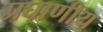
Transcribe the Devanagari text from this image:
प्रघाणीय